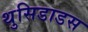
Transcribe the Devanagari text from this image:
थुसिडाडस